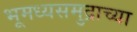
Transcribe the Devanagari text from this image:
भूमध्यसमुद्राच्या